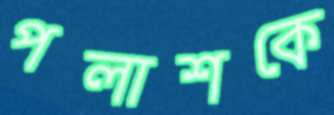
পলাশকে